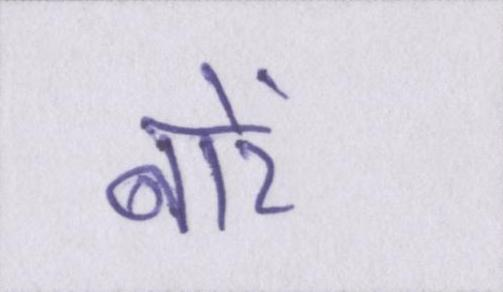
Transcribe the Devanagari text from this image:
बारें